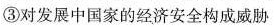
③对发展中国家的经济安全构成威胁